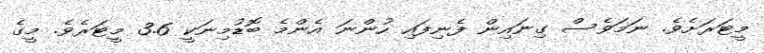
މީޓަރަށެވެ. ނަމަވެސް ގިނައިން ފެނިފައި ހުންނަ އެންމެ ބޮޑުމިނަކީ 3.6 މީޓަރެވެ. މީގެ